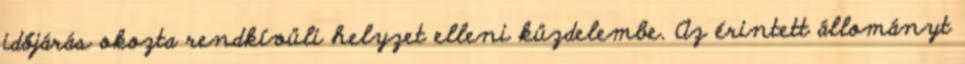
időjárás okozta rendkívüli helyzet elleni küzdelembe. Az érintett állományt